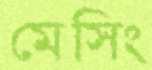
মেসিং